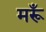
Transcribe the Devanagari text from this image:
मरूँ